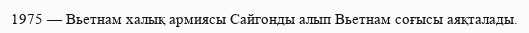
1975 — Вьетнам халық армиясы Сайгонды алып Вьетнам соғысы аяқталады.